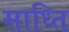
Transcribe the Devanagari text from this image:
साध्ति